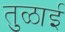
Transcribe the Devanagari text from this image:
तुळाई